Punjab Mental Hospital Lahore 1932-46 - 1932-1946
Year: 1932
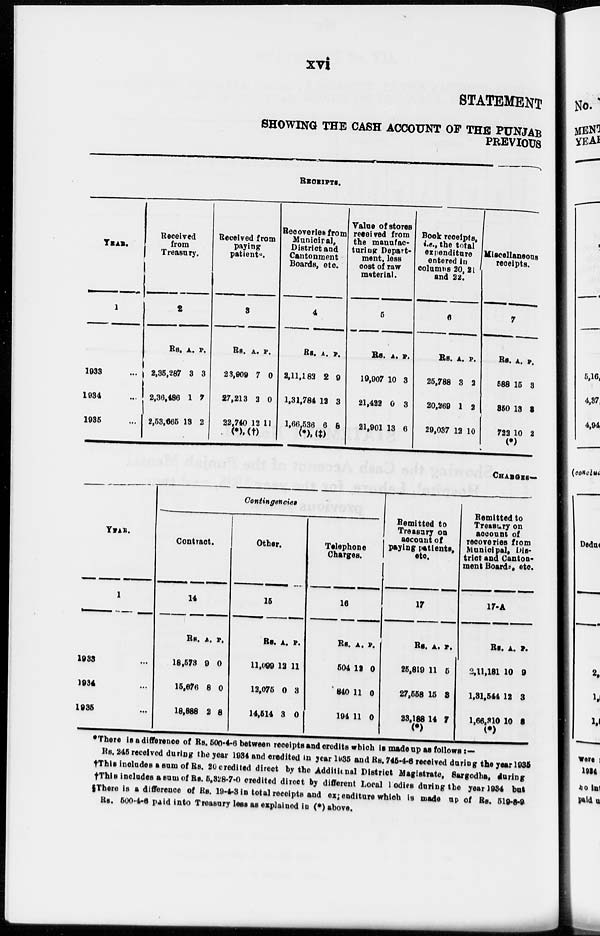
xvi
STATEMENT
SHOWING THE CASH ACCOUNT OF THE PUNJAB
PREVIOUS
RECEIPTS.
YEAR.
1
1933 ...
1934 ...
1935 ...
Received
from
Treasury.
2
Rs.
2,35,287
2,36,486
2,53,665
A.
3
1
13
P.
3
7
2
Received from
paying
patients.
3
Rs.
23,909
27,213
22,740
(*),
A.
7
2
12
(†)
P.
0
0
11
Recoveries from
Municipal,
District and
Cantonment
Boards, etc.
4
Rs.
2,11,182
1,31,784
1,66.536
(*),
A.
2
12
6
(‡)
P.
9
3
8
Value of stores
received from
the manufac-
turing Depart-
ment, less
cost of raw
material.
5
Rs.
19,907
21,422
21,901
A.
10
0
13
P.
3
3
6
Book receipts,
i.e., the total
expenditure
entered in
columns 20, 21
and 22.
6
Rs.
25,788
20,269
29,037
A.
3
1
12
P.
2
2
10
Miscellaneous
receipts.
7
Rs.
588
350
722
(*)
A.
15
13
10
P.
3
3
2
CHARGES—
YEAR.
1
1933 ...
1934 ...
1935 ...
Contingencies
Contract.
14
Rs.
18,573
15,676
18,888
A.
9
8
2
P.
0
0
8
Other.
15
Rs.
11,099
12,075
14,514
A.
12
0
3
P.
11
3
0
Telephone
Charges.
16
Rs.
504
840
194
A.
13
11
11
P.
0
0
0
Remitted to
Treasury on
account of
paying patients,
etc.
17
Rs.
25,819
27,558
23,188
(*)
A.
11
15
14
P.
5
3
7
Remitted to
Treasury on
account of
recoveries from
Municipal, Dis-
trict and Canton-
ment Boards, etc.
17-A
Rs.
2,11,181
1,31,544
1,66,310
(*)
A.
10
12
10
P.
9
3
8
*There is a difference of Rs. 500-4-6 between receipts and credits which is made up as follows :—
Rs. 245 received during the year 1934 and credited in year 1935 and Rs. 745-4-6 received during the year 1935
†This includes a sum of Rs. 20 credited direct by the Additional District Magistrate, Sargodha, during
†This includes a sum of Rs. 5,328-7-0 credited direct by different Local Bodies during the year 1934 but
§There is a difference of Rs. 19-4-3 in total receipts and expenditure which is made up of Rs. 519-8-9
Rs. 500-4-6 paid into Treasury less as explained in (*) above.